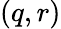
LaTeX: (q,r)